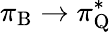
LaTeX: \pi_{\mathrm{B}}\rightarrow\pi_{\mathrm{Q}}^{*}